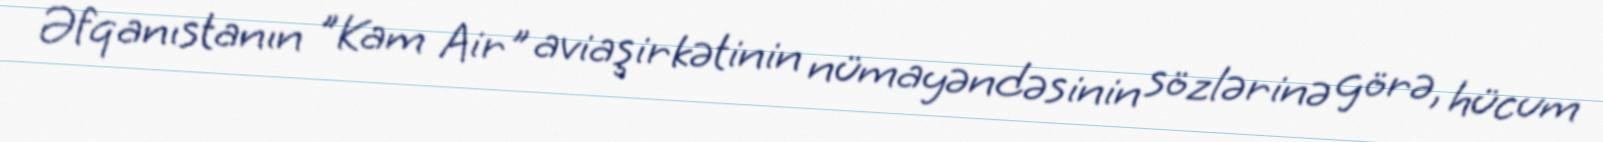
Əfqanıstanın "Kam Air" aviaşirkətinin nümayəndəsinin sözlərinə görə, hücum